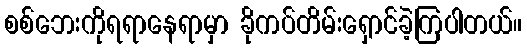
စစ်ဘေးကိုရရာနေရာမှာ ခိုကပ်တိမ်းရှောင်ခဲ့ကြပါတယ်။